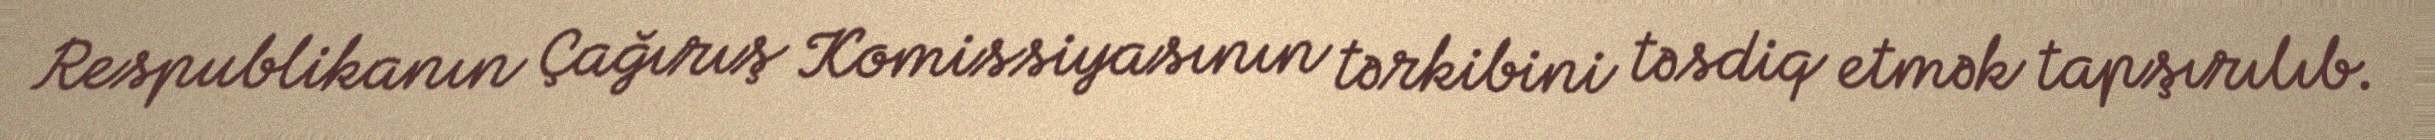
Respublikanın Çağırış Komissiyasının tərkibini təsdiq etmək tapşırılıb.